Report of the Indian Hemp Drugs Commission, 1894-1895 - Volume IV
Year: 1894
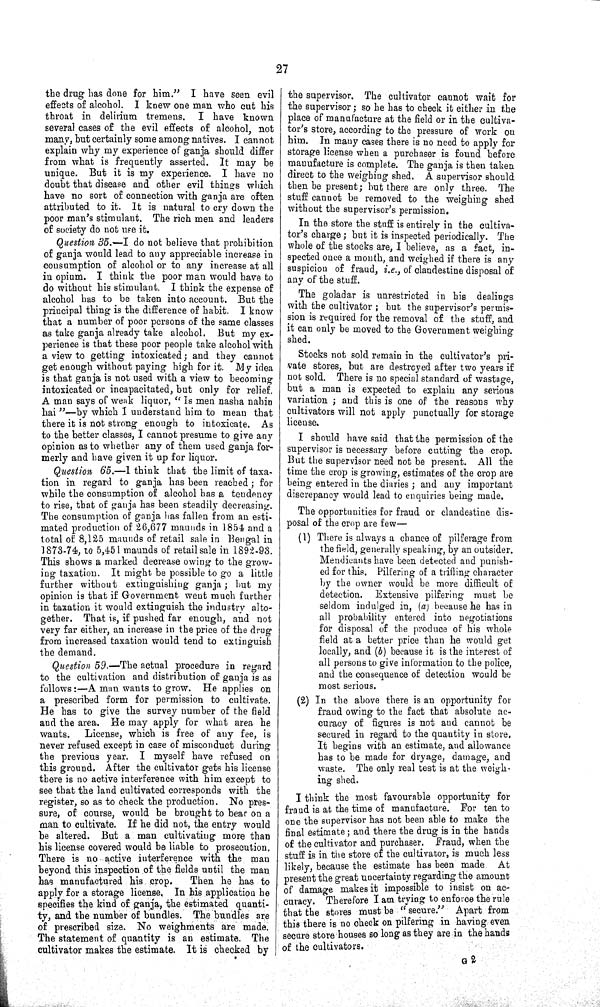
27
the drug has done for him." I have seen evil
effects of alcohol. I knew one man who cut his
throat in delirium tremens.
I have known
several cases of the evil effects of alcohol, not
many, but certainly some among natives. I cannot
explain why my experience of ganja should differ
from what is frequently asserted. It may be
unique. But it is my experience. I have no
doubt that disease and other evil things which
have no sort of connection with ganja are often
attributed to it. It is natural to cry down the
poor man's stimulant. The rich men and leaders
of society do not use it.
Question 35.—I do not believe that prohibition
of ganja would lead to any appreciable increase in
consumption of alcohol or to any increase at all
in opium. I think the poor man would have to
do without his stimulant. I think the expense of
alcohol has to be taken into account. But the
principal thing is the difference of habit. I know
that a number of poor persons of the same classes
as take ganja already take alcohol. But my ex-
perience is that these poor people take alcohol with
a view to getting intoxicated; and they cannot
get enough without paying high for it. My idea
is that ganja is not used with a view to becoming
intoxicated or incapacitated, but only for relief.
A man says of weak liquor, "Is men nasha nahin
hai"—by which I understand him to mean that
there it is not strong enough to intoxicate. As
to the better classes, I cannot presume to give any
opinion as to whether any of them used ganja for-
merly and have given it up for liquor.
Question 65.—I think that the limit of taxa-
tion in regard to ganja has been reached; for
while the consumption of alcohol has a tendency
to rise, that of ganja has been steadily decreasing.
The consumption of ganja has fallen from an esti-
mated production of 26,677 maunds in 1854 and a
total of 8,125 maunds of retail sale in Bengal in
1873-74, to 5,451 maunds of retail sale in 1892-93.
This shows a marked decrease owing to the grow-
ing taxation. It might be possible to go a little
further without extinguishing ganja; but my
opinion is that if Government went much further
in taxation it would extinguish the industry alto-
gether. That is, if pushed far enough, and not
very far either, an increase in the price of the drug
from increased taxation would tend to extinguish
the demand.
Question 59.—The actual procedure in regard
to the cultivation and distribution of ganja is as
follows:—A man wants to grow. He applies on
a prescribed form for permission to cultivate.
He has to give the survey number of the field
and the area. He may apply for what area he
wants.
License, which is free of any fee, is
never refused except in case of misconduct during
the previous year. I myself have refused on
this ground. After the cultivator gets his license
there is no active interference with him except to
see that the land cultivated corresponds with the
register, so as to check the production. No pres-
sure, of course, would be brought to bear on a
man to cultivate. If he did not, the entry would
be altered. But a man cultivating more than
his license covered would be liable to prosecution.
There is no active interference with the man
beyond this inspection of the fields until the man
has manufactured his crop.
Then he has to
apply for a storage license. In his application he
specifies the kind of ganja, the estimated quanti-
ty, and the number of bundles. The bundles are
of prescribed size. No weighments are made.
The statement of quantity is an estimate. The
cultivator makes the estimate. It is checked by
the supervisor. The cultivator cannot wait for
the supervisor; so he has to check it either in the
place of manufacture at the field or in the cultiva-
tor's store, according to the pressure of work on
him. In many cases there is no need to apply for
storage license when a purchaser is found before
manufacture is complete. The ganja is then taken
direct to the weighing shed. A supervisor should
then be present; but there are only three. The
stuff cannot be removed to the weighing shed
without the supervisor's permission.
In the store the stuff is entirely in the cultiva-
tor's charge; but it is inspected periodically. The
whole of the stocks are, I believe, as a fact, in-
spected once a month, and weighed if there is any
suspicion of fraud, i.e., of clandestine disposal of
any of the stuff.
The goladar is unrestricted in his dealings
with the cultivator; but the supervisor's permis-
sion is required for the removal of the stuff, and
it can only be moved to the Government weighing
shed.
Stocks not sold remain in the cultivator's pri-
vate stores, but are destroyed after two years if
not sold. There is no special standard of wastage,
but a man is expected to explain any serious
variation; and this is one of the reasons why
cultivators will not apply punctually for storage
license.
I should have said that the permission of the
supervisor is necessary before cutting the crop.
But the supervisor need not be present. All the
time the crop is growing, estimates of the crop are
being entered in the diaries; and any important
discrepancy would lead to enquiries being made.
The opportunities for fraud or clandestine dis-
posal of the crop are few—
(1) There is always a chance of pilferage from
the field, generally speaking, by an outsider.
Mendicants have been detected and punish-
ed for this. Pilfering of a trifling character
by the owner would be more difficult of
detection.
Extensive pilfering must be
seldom indulged in, (a) because he has in
all probability entered into negotiations
for disposal of the produce of his whole
field at a better price than he would get
locally, and (b) because it is the interest of
all persons to give information to the police,
and the consequence of detection would be
most serious.
(2) In the above there is an opportunity for
fraud owing to the fact that absolute ac-
curacy of figures is not and cannot be
secured in regard to the quantity in store.
It begins with an estimate, and allowance
has to be made for dryage, damage, and
waste. The only real test is at the weigh-
ing shed.
I think the most favourable opportunity for
fraud is at the time of manufacture. For ten to
one the supervisor has not been able to make the
final estimate; and there the drug is in the hands
of the cultivator and purchaser.
Fraud, when the
stuff is in the store of the cultivator, is much less
likely, because the estimate has been made
At
present the great uncertainty regarding the amount
of damage makes it impossible to insist on ac-
curacy. Therefore I am trying to enforce the rule
that the stores must be "secure." Apart from
this there is no cheek on pilfering in having even
secure store houses so long as they are in the hands
of the cultivators.